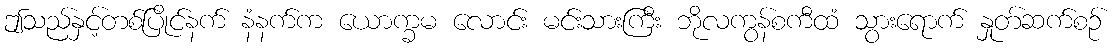
ဤသည်နှင့်တစ်ပြိုင်နက် နံနက်က ယောက္ခမ လောင်း မင်းသားကြီး ဘိုလကွန်စကီထံ သွားရောက် နှုတ်ဆက်စဉ်